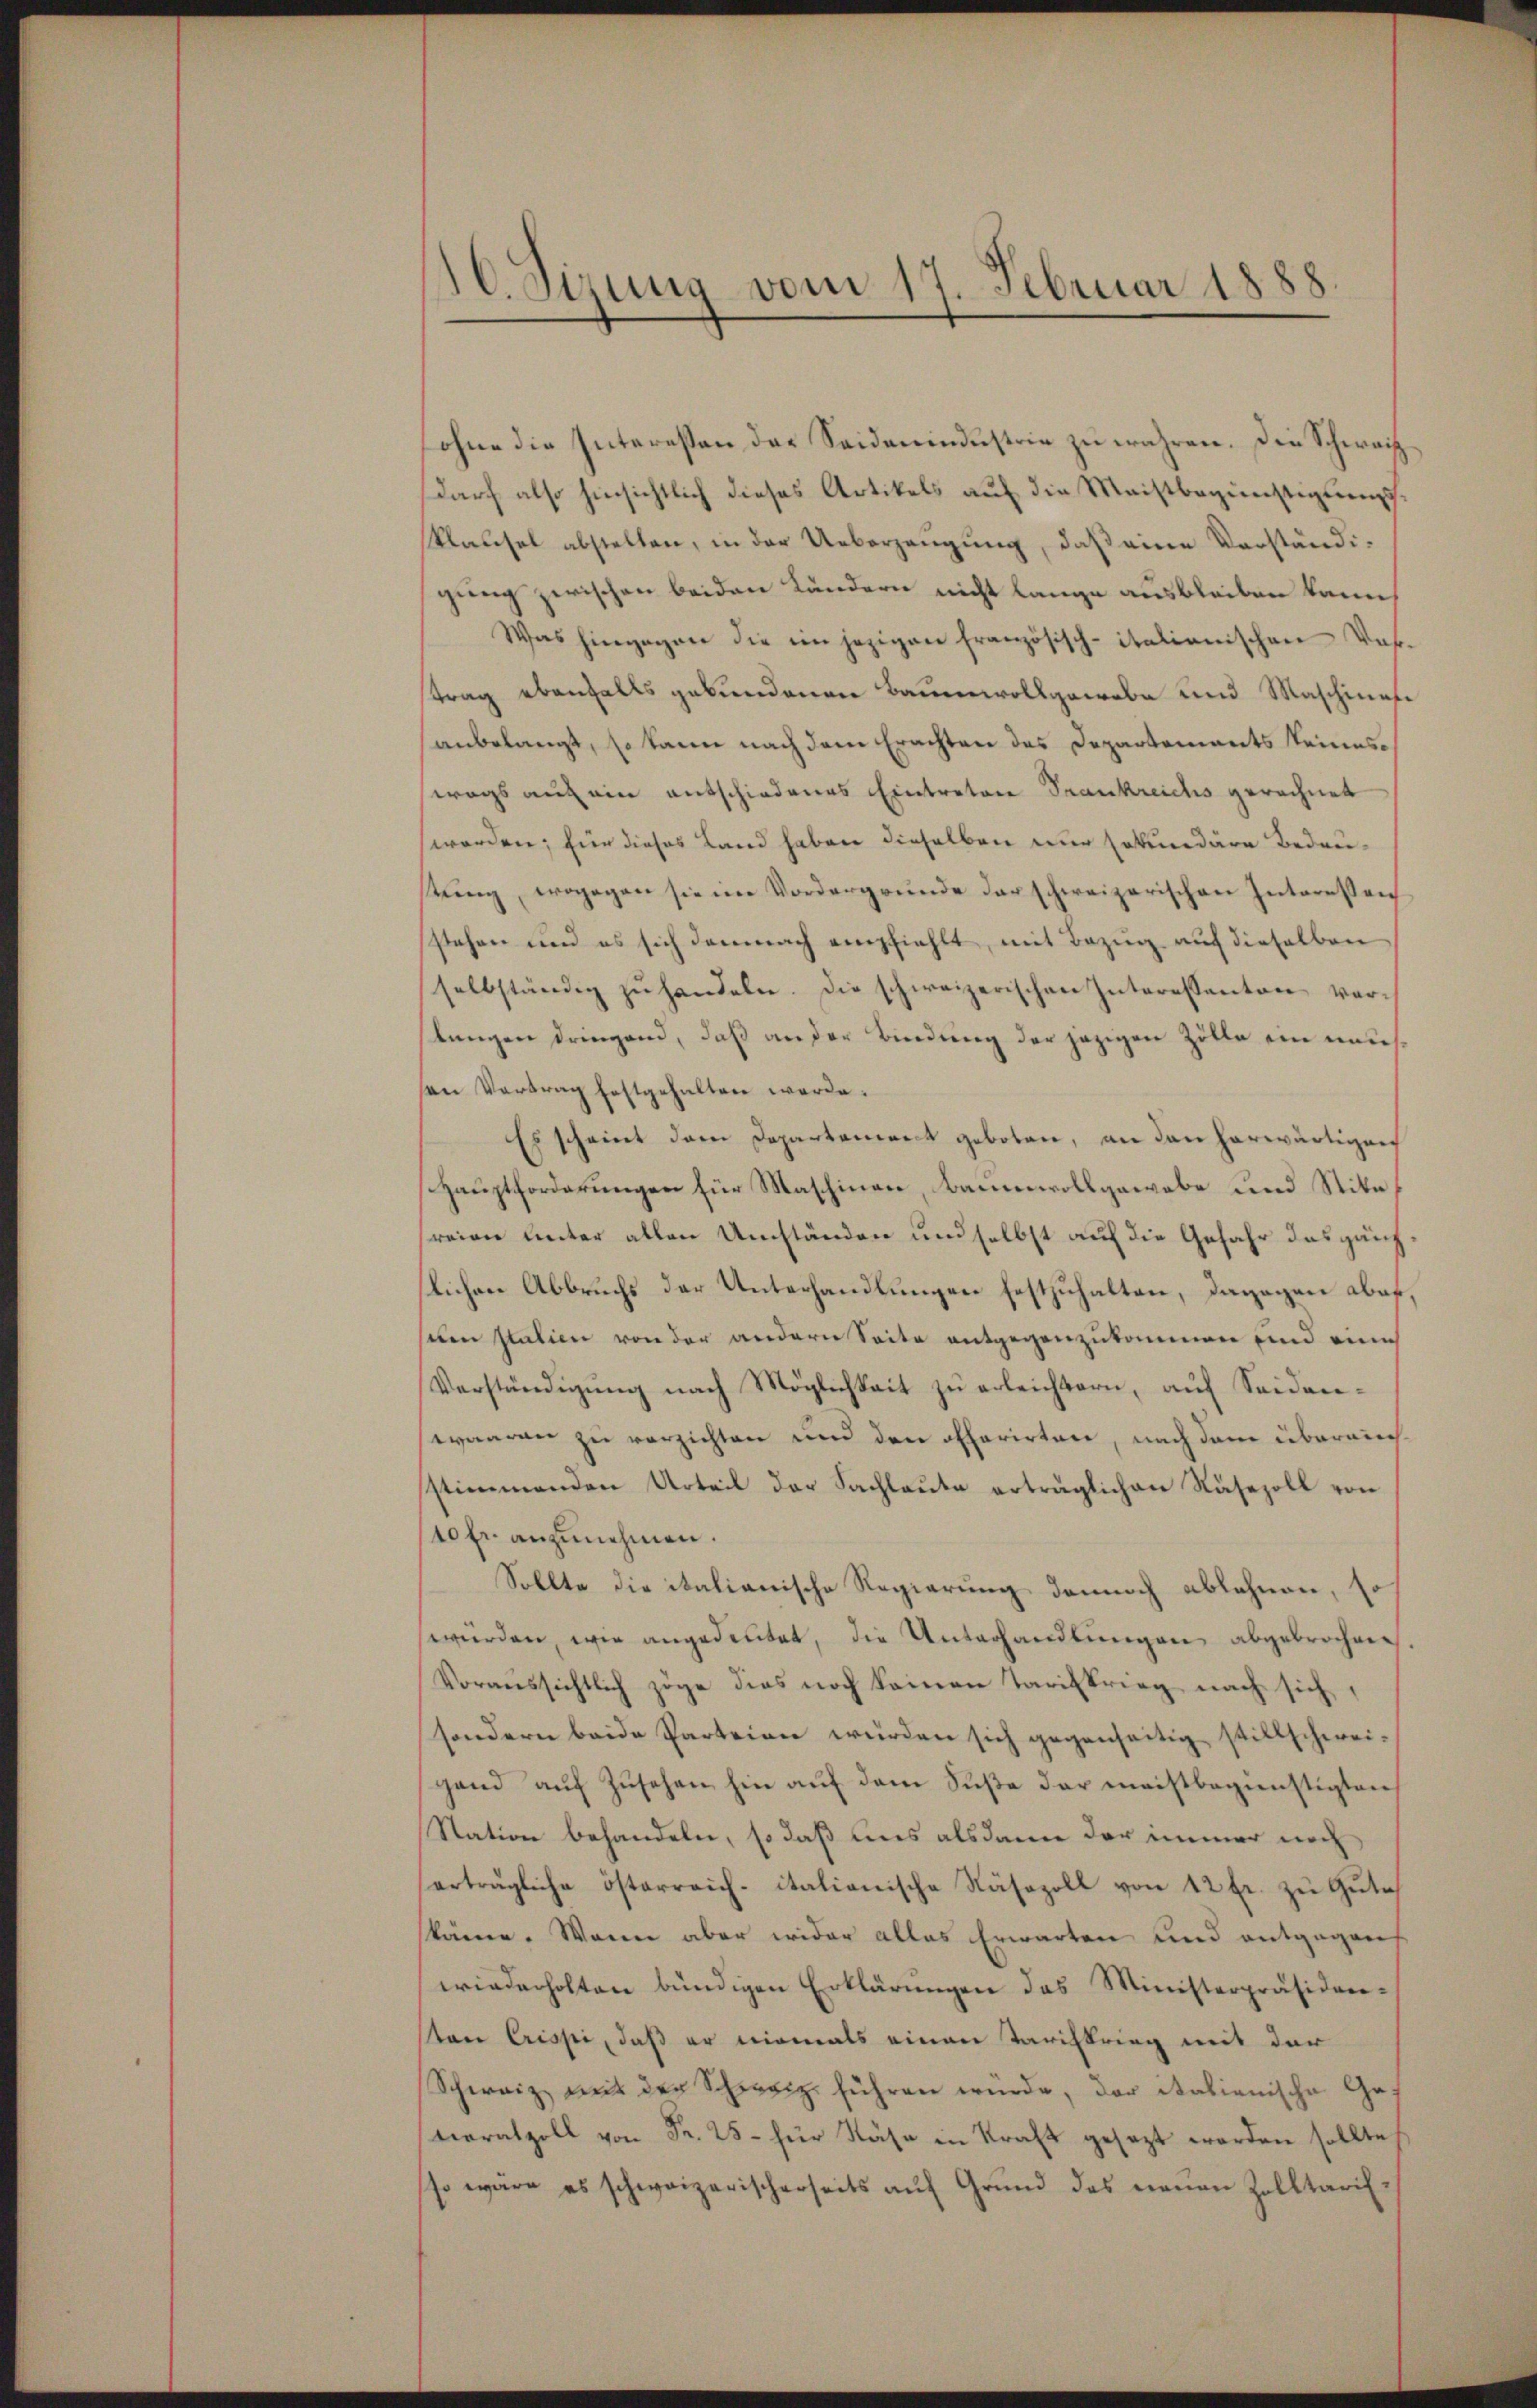
10. Sizung vom 17. Februar 1888

ohne die Interessen der Seidenindustrie zu wahren. Die Schweiz
darf also hinsichtlich dieses Artikels auf die Meistbegünstigungs¬
Klausel abstellen, in der Ueberzeugung, daß eine Verständigung zwischen beiden Kändern nicht lange ausbleiben kann,
Was hingegen die im jezigen französisch-italianischen Vor-
strag ebenfalls gebundenen Baumwollgewebe und Maschinese
anbelangt, so kann nach dem Erachten des Departements keineswegs auf ein entschiedenes Eintratore Trankreichs gerechnet
worden; für dieses Land haben dieselben nur sekundäre Bedeustung, wogegen sie im Vordergrunde darschweizerischen Interessen
stehen und es sich demnach empfiehlt, mit Bezug auf dieselben
selbständig zŭ handeln. Die schweizerischen Interessanton ver-
stungen dringend, daß an der Bindung der jezigen Zölle ein maussen Vertrag festgehalten werde.
Es scheint dem Departeniret geboten, an den herwärtigen
Hauptforderungen für Maschinen, Bannenwollgewebe und Stitafreien unter allen Umständen und selbst auf die Gefahr das ganz
lichen Abbruchs der Unterhandlungen festzuhalten, dagegen aber,
sien statien von der andern Seite entgegenzukommen und eine
Verständigung nach Möglichkeit zu erleichtern, auf Seidenwaaren zu verzichten und den offerirten, nach dem übereinstimmenden Urteil der Sachlaute erträglichen Näsezoll von
40 fr. anzunehmen.
Sollte die italianische Regierung dennoch ablehnen, so
werden, wie angedeutet, die Unterhandlungen abgebrochen
Voraussichtlich zöge dies noch keinen Tarifkrieg nach sich,
sondern beide Parteien würden sich gegenseitig stillschweigand aŭf Zŭsehen hin aŭf dem Sŭβe der meistbegünstigten
Station behandeln, so daß uns alsdann der immer noch
erträgliche österreich-italionische Näsozoll von 12 fr. zu Gutes
skäme. Wenn aber wider alles Erwarten und entgegens
wiederholten bündigen Erklärŭngen das Ministerpräsiden-
sten Crissi, daß er niemals einen Tarifkrieg mit der
Schweiz mit der Schweiz führen würde, der italienische Geteratzoll von Fr. 25. für Nase in Kraft gesezt worden sollte,
so wäre es schweizerischerseits aŭf Grŭnd des neuen Zolltarif-